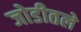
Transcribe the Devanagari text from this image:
जोडीतले